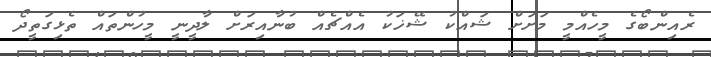
ރެއިންބޯގެ މީހެއްމީ މަށަށް ޝައްކު ޝޭޚަކު އެއްޗެއް ބުނާއިރަށް ލާދީނީ މީހުންތައް ތެޅިގަތީދޯ